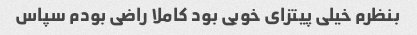
بنظرم خیلی پیتزای خوبی بود کاملا راضی بودم سپاس